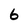
Character: 6